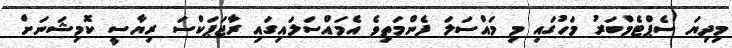
މިދިޔަ ސެޕްޓެމްބަރު މަހުގައި މި މައްސަލަ ފެންމަތިވެ އެމައްސަލައިގައި ރާޖަޕަކްސަ ރިޔާސީ ކޮމިޝަނަށް